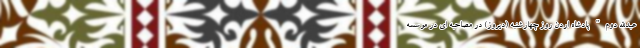
عبدالله دوم" پادشاه اردن روز چهارشنبه (دیروز) در مصاحبه ای در موسسه